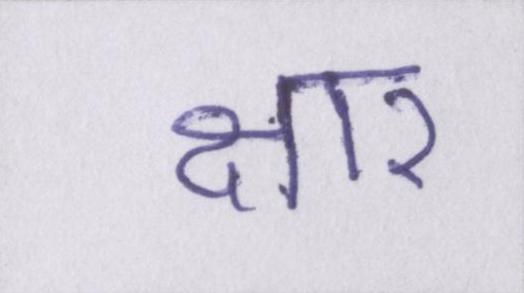
क्षार